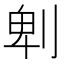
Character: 𠜱